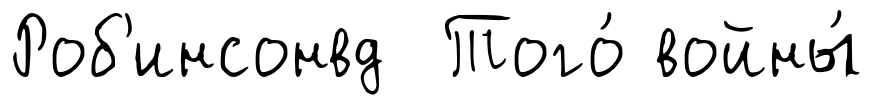
Роб'инсонвд Того́ войны́